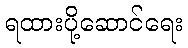
ရထားပို့ဆောင်ရေး